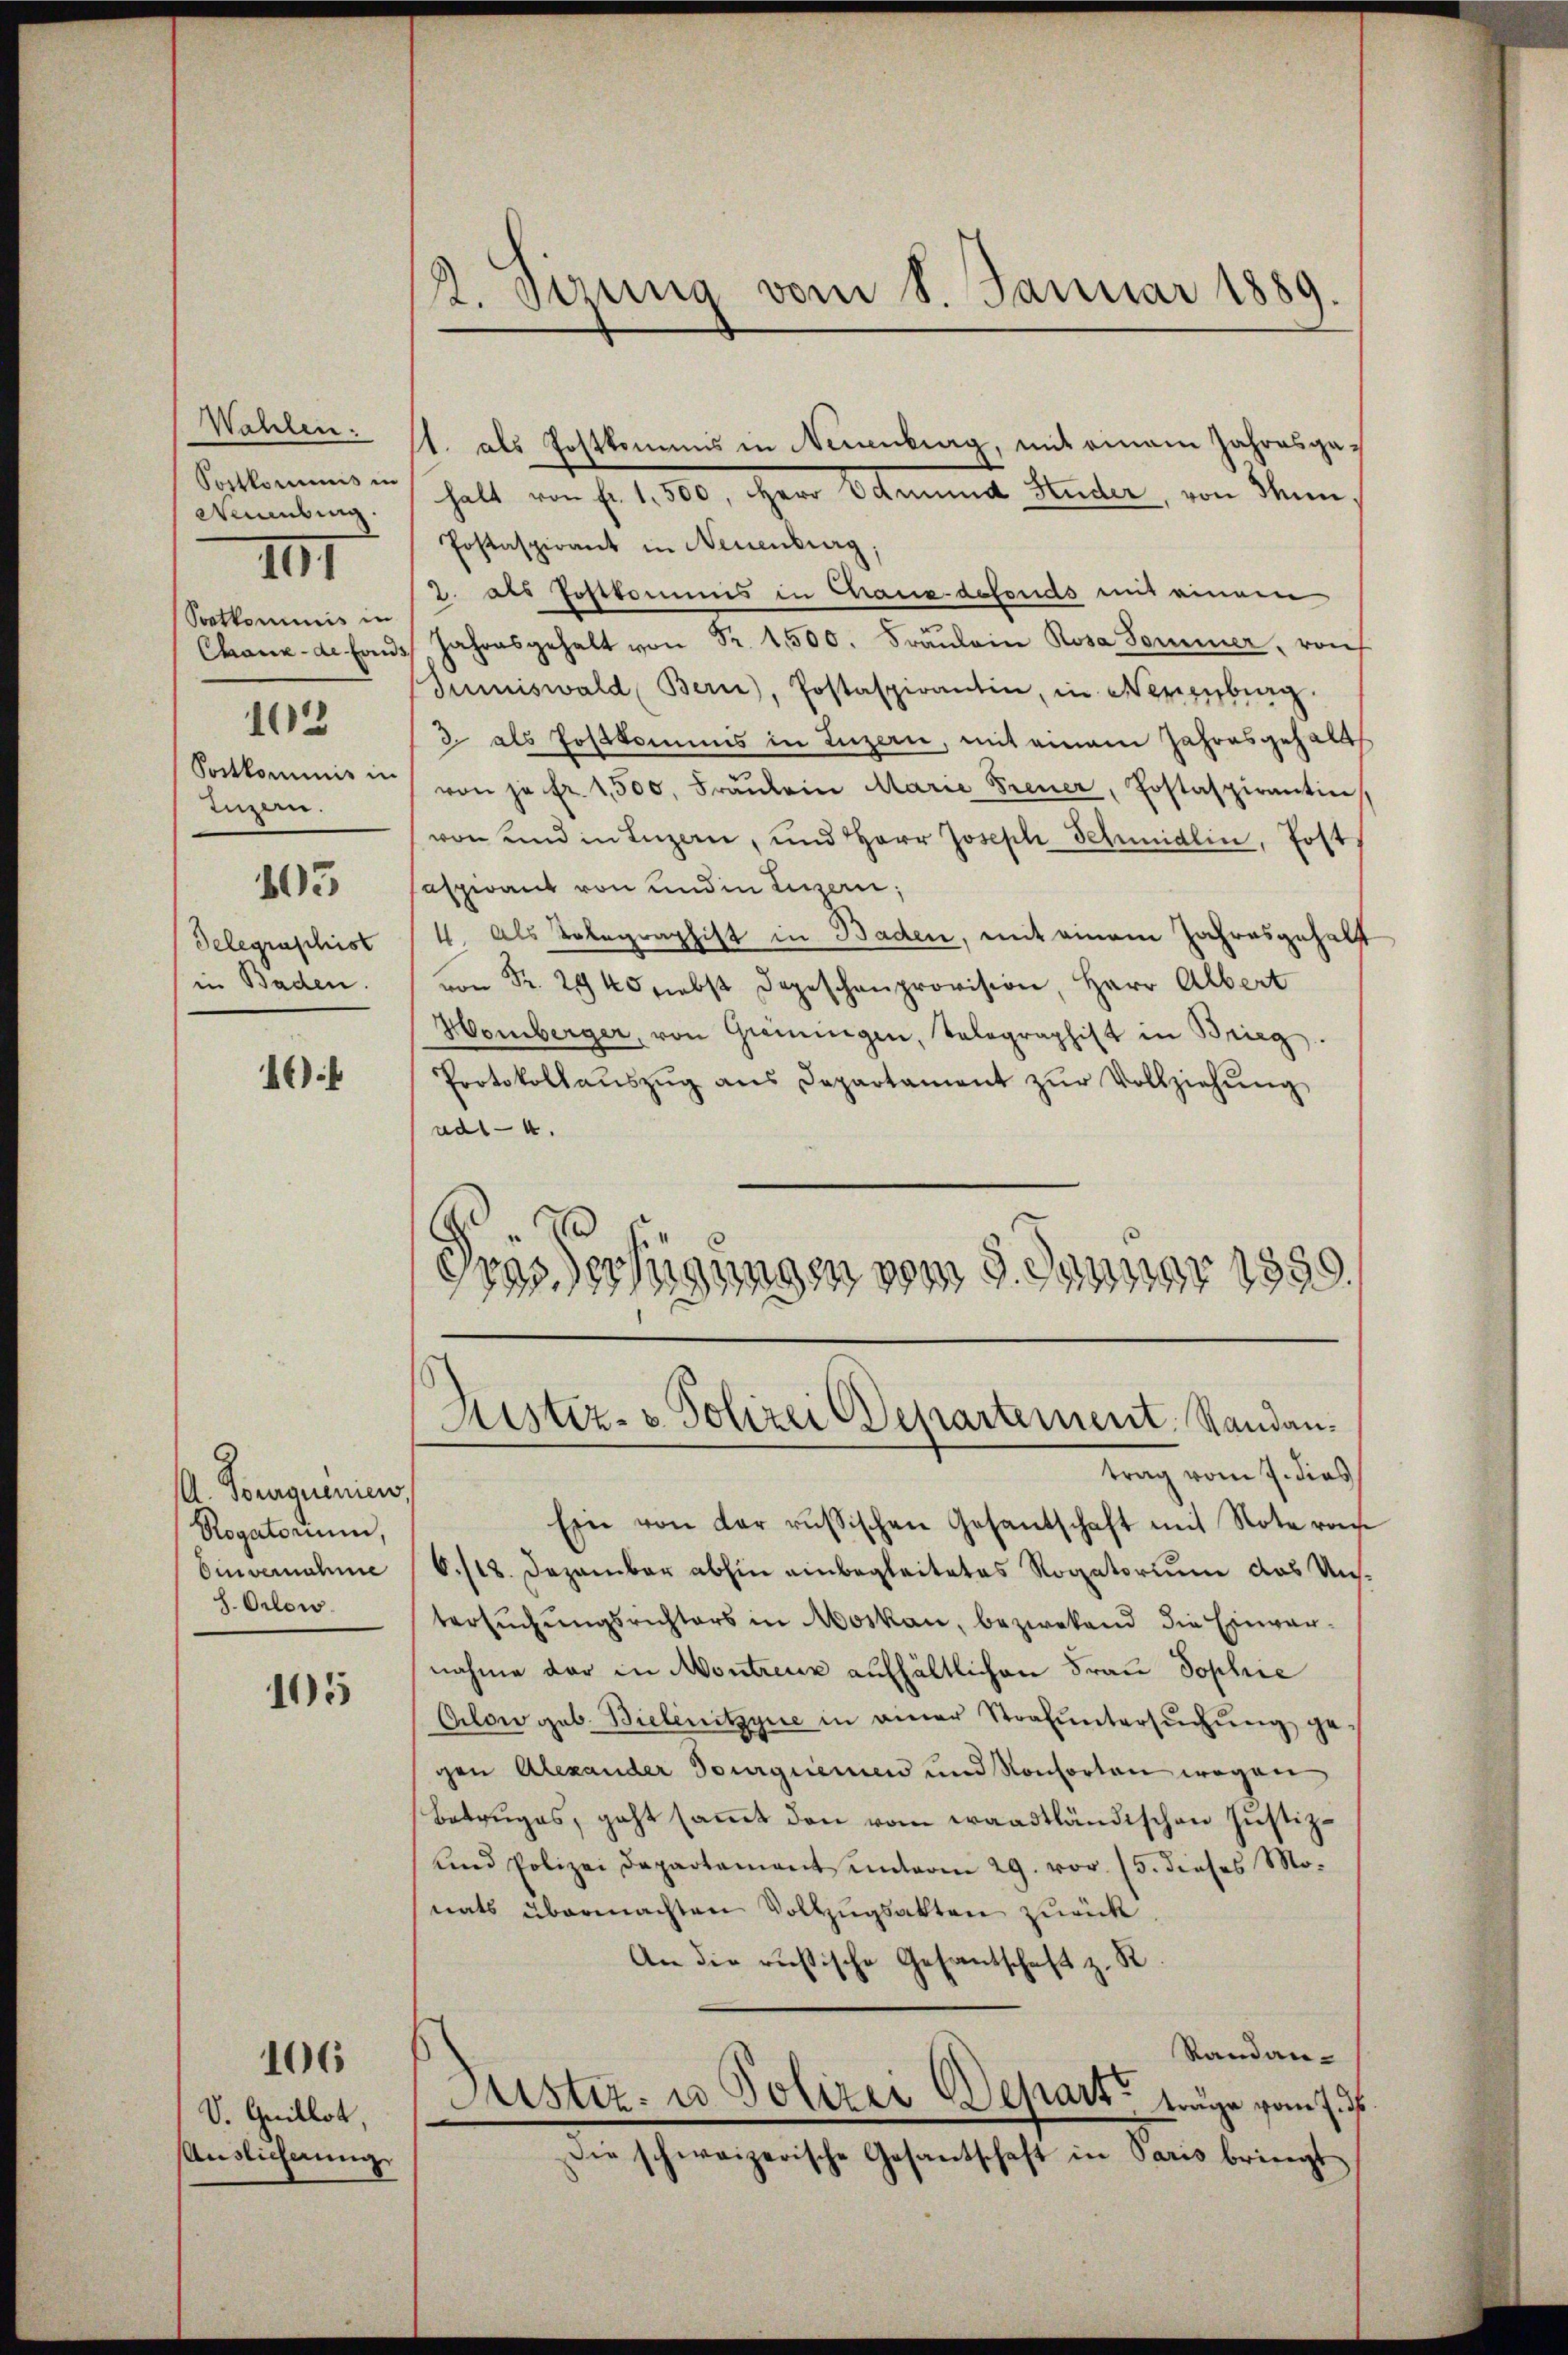
Wahlen.
Postkommnis in
Wimbung.
Postkommnis in
Chaux-de-Fonds
103
Sontkommnis in
Luzern.
805
Telegraschist
in Baden.

III

16

A. Voruguenien,
Rogatorium,
Einvernahme
8. Octow.

105

106

V. Guillot,
Auslicherung

2. Serung vom 8. Januar 1889.

11. als Postkommis in Neuenburg, mit einem Jahresgehalt von fr. 1,500, Herr Odmund Huder, von Ihnen.
Postaspirant in Neuenburg,
2. als Postkommis in Chaux-defonds mit einem
Jahresgehalt von Fr. 1500. Fräŭlein Rosa Sommer, von
Sumiswald (Bern), Postaspirantin, in Neuenburg
2 als Postkommis in Luzern, mit einem Jahresgehalt
von je fr. 1,500. Fräŭlein Marie Treuer, Postaspirantin
von und in Luzern, und Herr Joseph Schmidlin, Post
saspirant von und in Luzern,
4 als Telegraphist in Baden, mit einem Jahresgehalt
 Fr. 240 nebst dageschenprovision, Herr Albert
Homberger, von Gremingen, Tolographist in Brieg
Protokollaŭszŭg ans Departament zŭr Vollziehŭng
ad1-4.
t
11904 vom 9. de
Ppag. 1871
951359.

trag vom 7. dies
Ein von der russischen Gesantschaft mit Note vom
6./18. Dezember abhin einbegleitetes Rogatorium das Untersuchungsrichters in Moskau, bezwekend die Einvernahme der in Montreux aufhältlichen Frau Sophie
Pilow geb. Bielenitzyne in einer Strafŭntersŭchŭng ge
gen Alexander Tourgieren und Konsorten wegen
Betruges, geht saṁt den vom waadtländischen Justiz-
und Polizei Departement unterm 29. vor. 15. dieses Mo-
nats übermachten Vollzugsakten zurück.
An die russische Gesantschaft z. R.
Randan-
Justiz- u Polizei Depart träge vom 7. ds.
Die schweizerische Gesantschaft in Paris bringt

Justiz- & Polizei Departement. Standan¬